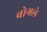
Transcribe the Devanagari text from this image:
बोगले